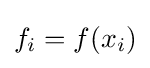
f_{i}=f(x_{i})